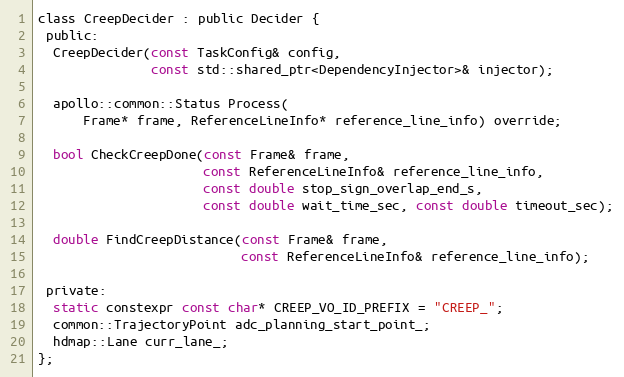
Language: C
class CreepDecider : public Decider {
 public:
  CreepDecider(const TaskConfig& config,
               const std::shared_ptr<DependencyInjector>& injector);

  apollo::common::Status Process(
      Frame* frame, ReferenceLineInfo* reference_line_info) override;

  bool CheckCreepDone(const Frame& frame,
                      const ReferenceLineInfo& reference_line_info,
                      const double stop_sign_overlap_end_s,
                      const double wait_time_sec, const double timeout_sec);

  double FindCreepDistance(const Frame& frame,
                           const ReferenceLineInfo& reference_line_info);

 private:
  static constexpr const char* CREEP_VO_ID_PREFIX = "CREEP_";
  common::TrajectoryPoint adc_planning_start_point_;
  hdmap::Lane curr_lane_;
};